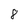
Character: 8